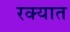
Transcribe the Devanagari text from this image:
रक्यात